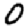
Digit: 0